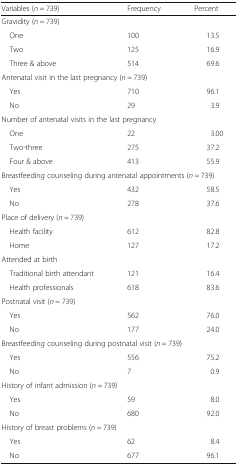
<table><thead><tr><td><b>Variables (<i>n</i> = 739)</b></td><td><b>Frequency</b></td><td><b>Percent</b></td></tr></thead><tbody><tr><td colspan="3">Gravidity (<i>n</i> = 739)</td></tr><tr><td> One</td><td>100</td><td>13.5</td></tr><tr><td> Two</td><td>125</td><td>16.9</td></tr><tr><td> Three &amp; above</td><td>514</td><td>69.6</td></tr><tr><td colspan="3">Antenatal visit in the last pregnancy (<i>n</i> = 739)</td></tr><tr><td> Yes</td><td>710</td><td>96.1</td></tr><tr><td> No</td><td>29</td><td>3.9</td></tr><tr><td colspan="3">Number of antenatal visits in the last pregnancy</td></tr><tr><td> One</td><td>22</td><td>3.00</td></tr><tr><td> Two-three</td><td>275</td><td>37.2</td></tr><tr><td> Four &amp; above</td><td>413</td><td>55.9</td></tr><tr><td colspan="3">Breastfeeding counseling during antenatal appointments (<i>n</i> = 739)</td></tr><tr><td> Yes</td><td>432</td><td>58.5</td></tr><tr><td> No</td><td>278</td><td>37.6</td></tr><tr><td colspan="3">Place of delivery (<i>n</i> = 739)</td></tr><tr><td> Health facility</td><td>612</td><td>82.8</td></tr><tr><td> Home</td><td>127</td><td>17.2</td></tr><tr><td colspan="3">Attended at birth</td></tr><tr><td> Traditional birth attendant</td><td>121</td><td>16.4</td></tr><tr><td> Health professionals</td><td>618</td><td>83.6</td></tr><tr><td colspan="3">Postnatal visit (<i>n</i> = 739)</td></tr><tr><td> Yes</td><td>562</td><td>76.0</td></tr><tr><td> No</td><td>177</td><td>24.0</td></tr><tr><td colspan="3">Breastfeeding counseling during postnatal visit (<i>n</i> = 739)</td></tr><tr><td> Yes</td><td>556</td><td>75.2</td></tr><tr><td> No</td><td>7</td><td>0.9</td></tr><tr><td colspan="3">History of infant admission (<i>n</i> = 739)</td></tr><tr><td> Yes</td><td>59</td><td>8.0</td></tr><tr><td> No</td><td>680</td><td>92.0</td></tr><tr><td colspan="3">History of breast problems (<i>n</i> = 739)</td></tr><tr><td> Yes</td><td>62</td><td>8.4</td></tr><tr><td> No</td><td>677</td><td>96.1</td></tr></tbody></table>